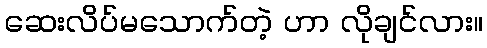
ဆေးလိပ်မသောက်တဲ့ ဟာ လိုချင်လား။